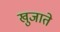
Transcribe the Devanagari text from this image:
खुजाते